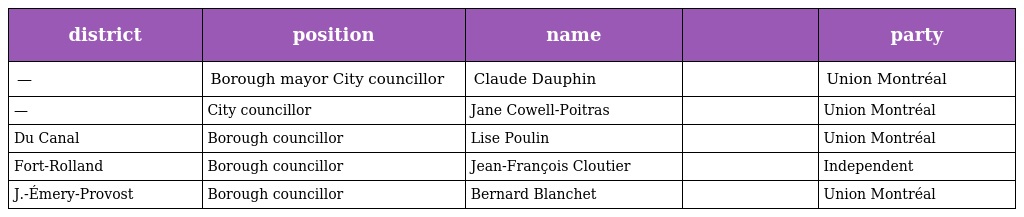
| district | position | name |  | party |
 | --- | --- | --- | --- | --- |
 | — | Borough mayor City councillor | Claude Dauphin |  | Union Montréal |
 | — | City councillor | Jane Cowell-Poitras |  | Union Montréal |
 | Du Canal | Borough councillor | Lise Poulin |  | Union Montréal |
 | Fort-Rolland | Borough councillor | Jean-François Cloutier |  | Independent |
 | J.-Émery-Provost | Borough councillor | Bernard Blanchet |  | Union Montréal |